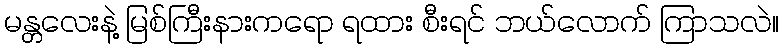
မန္တလေးနဲ့ မြစ်ကြီးနားကရော ရထား စီးရင် ဘယ်လောက် ကြာသလဲ။